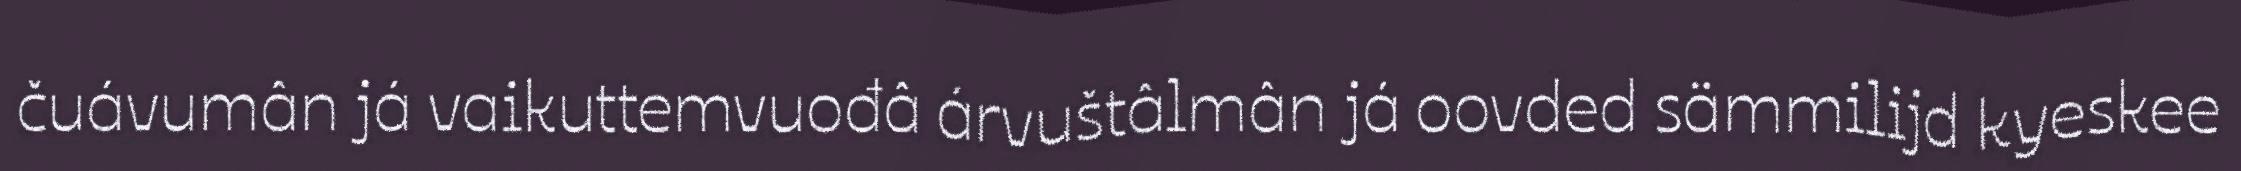
čuávumân já vaikuttemvuođâ árvuštâlmân já oovded sämmilijd kyeskee